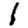
Digit: 1